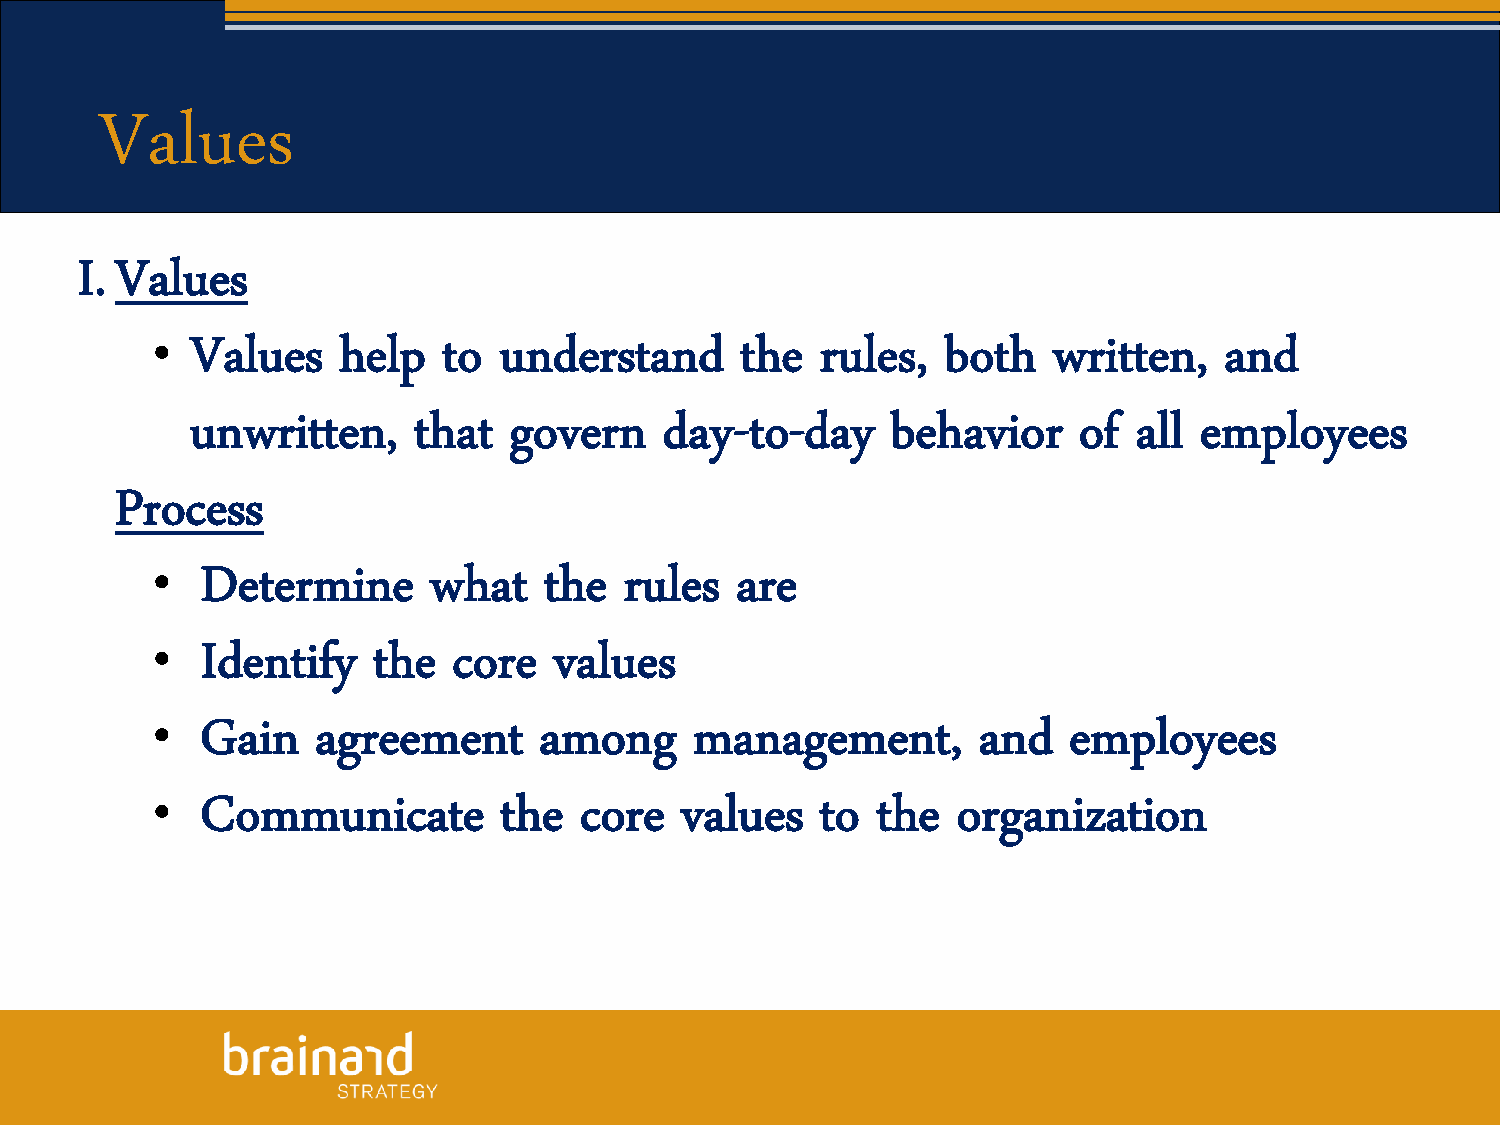
Values
 I. Values
 •
 Values   help   to  understand      the  rules,   both   written,   and
 unwritten,    that   govern    day-to-day     behavior    of  all employees
 Process
 •
 Determine      what    the  rules   are
 •
 Identify    the  core   values
 •
 Gain    agreement      among     management,        and   employees
 •
 Communicate         the  core   values   to  the  organization